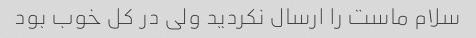
سلام ماست را ارسال نکردید ولی در کل خوب بود